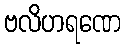
ဗလိဟရဏေ